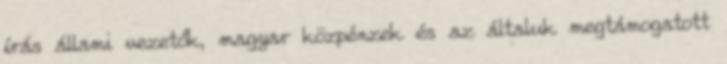
írás állami vezetők, magyar közpénzek és az általuk megtámogatott